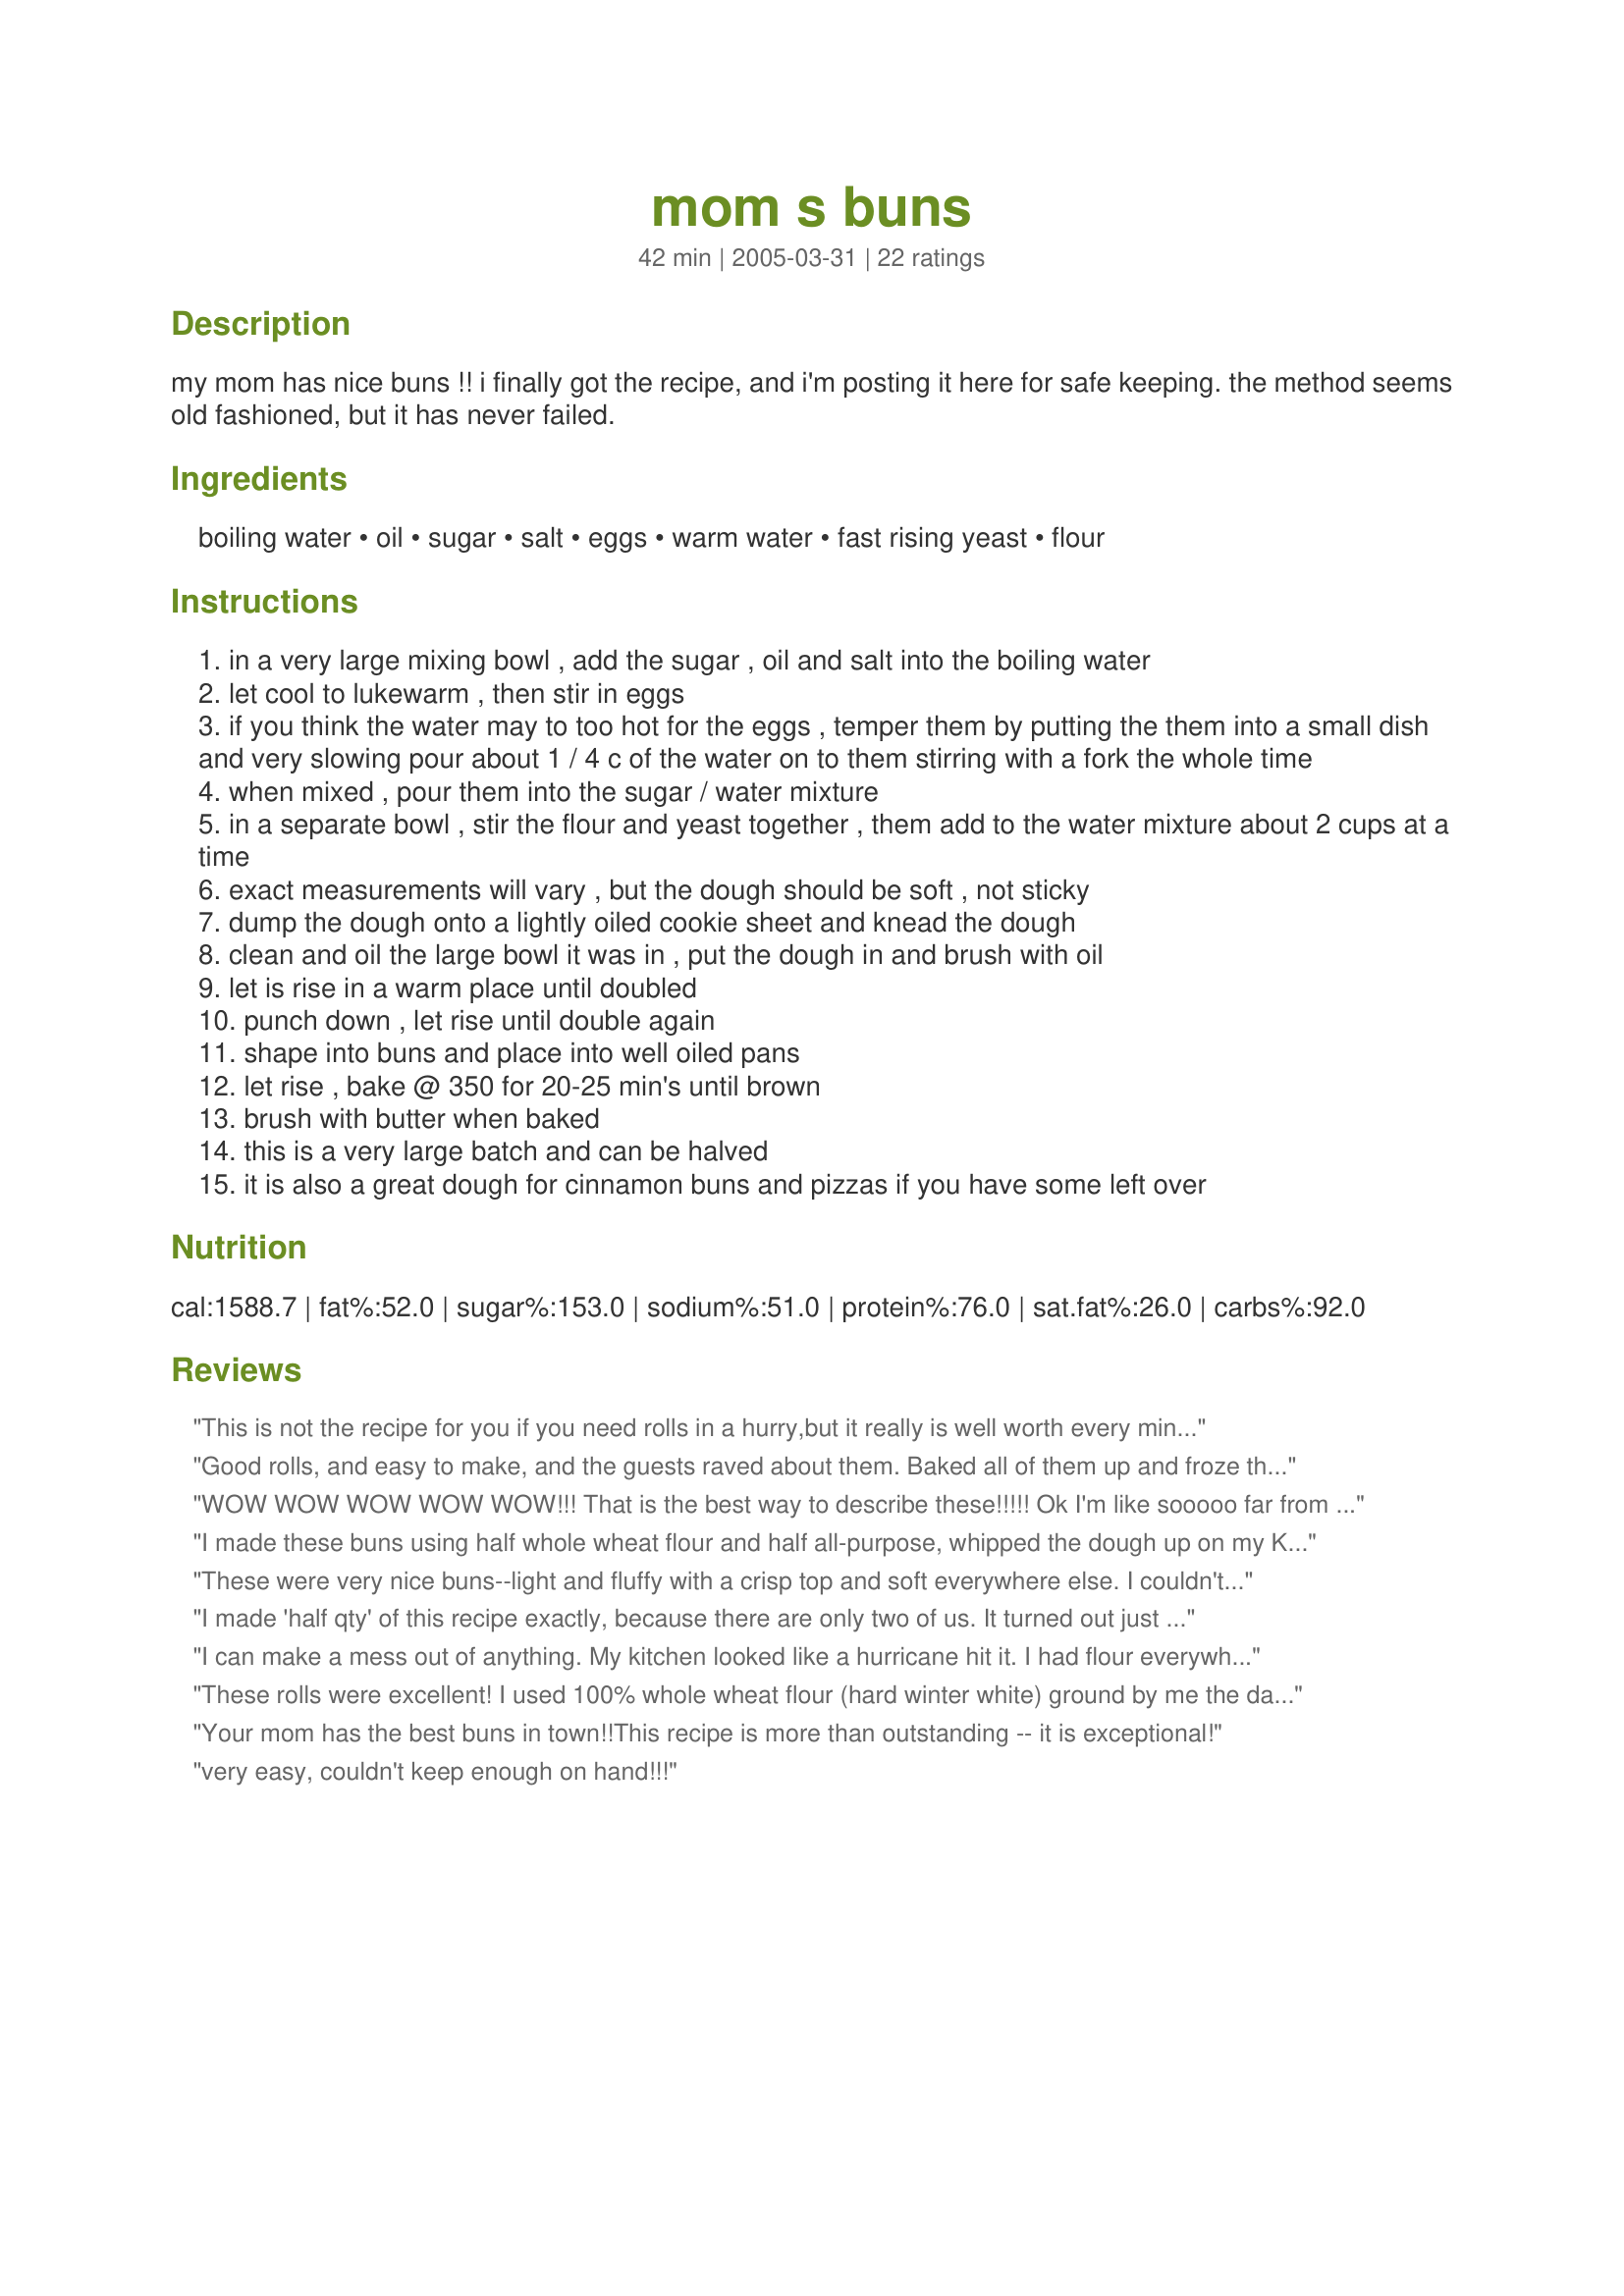
mom s buns
Preparation time: 42 minutes

my mom has nice buns !! i finally got the recipe, and i'm posting it here for safe keeping. the method seems old fashioned, but it has never failed.

Ingredients:
boiling water, oil, sugar, salt, eggs, warm water, fast rising yeast, flour

Steps:
in a very large mixing bowl , add the sugar , oil and salt into the boiling water
let cool to lukewarm , then stir in eggs
if you think the water may to too hot for the eggs , temper them by putting the them into a small dish and very slowing pour about 1 / 4 c of the water on to them stirring with a fork the whole time
when mixed , pour them into the sugar / water mixture
in a separate bowl , stir the flour and yeast together , them add to the water mixture about 2 cups at a time
exact measurements will vary , but the dough should be soft , not sticky
dump the dough onto a lightly oiled cookie sheet and knead the dough
clean and oil the large bowl it was in , put the dough in and brush with oil
let is rise in a warm place until doubled
punch down , let rise until double again
shape into buns and place into well oiled pans
let rise , bake @ 350 for 20-25 min's until brown
brush with butter when baked
this is a very large batch and can be halved
it is also a great dough for cinnamon buns and pizzas if you have some left over

Reviews:
This is not the recipe for you if you need rolls in a hurry,but it really is well worth every minute that is spent making them.Let's face it,most of the time is spent waiting for dough to rise,rather than any effort being exerted.I cut the recipe in half,as it seemed like a colossal amount (although next time I will definately make the full amount!).It worked out just perfectly,they were soft,light,fluffy and airy,even fresh from the oven.
This is a super recipe,I highly recommend it.Many thanks for sharing this.
Good rolls, and easy to make, and the guests raved about them. Baked all of them up and froze those not eaten tonight...will defrost and warm in oven when needed.
WOW WOW WOW WOW WOW!!! That is the best way to describe these!!!!! Ok I'm like sooooo far from a baker.. sometimes even a cooker lol lol. I was scared to make these, but I said I'll give it a try anyway. Well THESE WERE GREAT!! Nothings better than having the wonderful aroma of fresh bread blowing through the house.. THEY WERE GREAT!! THIS IS A KEEPR FOR LIFE!!!! to all the non cooks, and beginner cook------YOU CAN DO IT TOO! Cheff Dee THANKS SO MUCH!
I made these buns using half whole wheat flour and half all-purpose, whipped the dough up on my Kitchen Aid mixer, I think it's the amount of oil in this recipe that gives the buns texture and flavor!thanks for posting...Kitten:)
These were very nice buns--light and fluffy with a crisp top and soft everywhere else. I couldn't ask for better buns. I ended up with 48 (60-64g of dough per), so I put half of them in the freezer. After they were frozen through, I put them in a zip-top bag. I expect all I will need to do is take them out and let them thaw on a greased pan and they will bake up just as wonderful as the first half. I'll let you know. I see lots of possiblities in the future with these buns! Thanks for sharing Mom's recipe. — Sep 21, 2005 Update frozen dough balls didn't rise quite as much as they did fresh, but they were still an excellent texture. Try this same dough in Dee's recipe for cinnamon buns (recipe # 136574). Awesome!
I made 'half qty' of this recipe exactly, because there are only two of us. It turned out just fabulous! I made a 'large' round loaf; a small round loaf; and l large bun. YUM YUM -- just a great recipe.
I can make a mess out of anything. My kitchen looked like a hurricane hit it. I had flour everywhere. I thought my dh was going to take my baking priviledges away. I don't think I added enough flour to the final dough because mine was still sticky. I had a hard time getting the formed dough out of my hand to put in the pan. I am glad I find these things amusing or I would have to stop baking. Believe me, this is not the recipes fault, only I can be to blame. Now I really didn't think these would turn out at all. Can I tell you- They were Beautiful. I got pics to prove it! I am stunned and dh was happy! Thank you once again my dear Chef Dee! Your recipes are awesome!!!
These rolls were excellent! I used 100% whole wheat flour (hard winter white) ground by me the day before. The dough was much softer than any I had used before, and came out perfectly. I made it into burger-type buns and hotdog buns and a pan of smaller rolls for a 'pulled-pork feast' this weekend for 14 people. Soft on the inside, just right on the outside, I couldn't ask for more!!
Thanks for showing us your mom's buns!- sue b
Your mom has the best buns in town!!This recipe is more than outstanding -- it is exceptional!
very easy, couldn't keep enough on hand!!!
I think this is a good recipe, although more specifics on timing for letting the boiled mixture cool, and how long to let the dough rise would have been helpful. I ended up making a dozen buns, that were very heavy but had a nice flavor. I had enough dough to make another dozen...but it was so late by then we decided to use it as pizza crust last night. It actually makes a great pizza crust!! I think I will attempt to make these again, but I will let the dough rise longer next time and maybe end up with a lighter/softer texture.
made half recipe and got 18 large, soft, flavorful, beautiful rolls. ( See my photo ). I usually use a bread machine to prepare yeast rolls but these were definately worth the work. Dough was very easy to handle and very smooth. A wonderful addition to our Christmas dinner !
Great rolls.Because we try to use more grains,I replaced part of flour with some whole wheat and rye flour and added some gluten.I used reg.yeast because that is what I like.Letting the dough rise three times makes nice light rolls.Thanks Dee
These really are gems. I have never baked bread, but you can't tell by these beauties. They are golden brown on the outside and light and fluffy on the inside. My DD said to give them 5 stars as they are fantastic! Thank you Cgef Dee for sharing your Moms fabulous buns!
Derriere Extraordinaire!!
If I can make these anyone can. This was the second time I attempted to make homemade bread.(First time I could not cut it with a knife. Not your recipe by the way) I thought I would mess it up and worried all day it would not come out right but it came out perfectly. I was jumping all over the kitchen when these came out of the oven. The looked so perfect. Thank you so much. *Also I halved the recipe. It came out to 12 buns and I made one loaf of bread for sandwiches tommorrow. Thank you!!!
These are excellent and my husband wanted me to pass on that he loves your mom's buns! ;) These came out sweeter than I expected, but with some salted butter they were absolutely perfect. Dense and chewy...yum! Thanks for sharing.
I came home from the office yesterday & had reviewed Mom's Buns on my trusty computor, so decided to make. Was in the middle and did not have enough of all purpose flour, so finished off with whole wheat flour. Mixed all up then had to leave & show a property. They raised nicely under a warm tea towel, punched down, raise again, panned out this dough that was absolutely wonderful and easy to work with, put in the oven and these wonderful buns came out looking awesome & the taste was as awesome as the looks. This is the first time ever making buns, The reviews prompted me to make them. I am so glad and thanks to Chef Dee. As another review said, I then made some into your cinnimon rolls. These just melted in your mouth and the carmel gooey part stayed soft and delicious. This is a pair made in heaven. Thanks again to Chef Dee from Pat Merwin
Chef Dee your Mom's Buns are exceptional! I had given up making anything with yeast for 7years now. But I wanted to learn how to make rolls for thanksgiving. I halfed this recipe and now I wish I didn't. I can't say thanks enough for a the help the other members gave me in the baking forum. I will be making these soon and hopefuly often. I have renewed faith in my self that I can bake. I will also try your cinnamon bun recipe too! Thanks
These were delicious and so easy! The dough was very easy to work with and man oh man, did these things rise! I made them early in the day, so I just kept punching down the dough and letting it do it's thing till I was ready to shape them! I forgot to brush with butter after cooking, but it didn't matter. My guests wolfed them down. Ended up with about 4 dozen, so I, too, formed half and froze them for baking later. Thanks for this addition to my "keeper" pile!
I scaled down the recipe to a third, and used regular active dry yeast. I mixed the dough by hand, and kneaded it in the same bowl. Buns were soft and fluffy, and best of all, so simple to make, and no sticky countertop to clean. Thank you Dee.
I give these rolls TEN stars, they are so good. Had them for out Thanksgiving Dinner and everyone raved about them. The directions are clear and easy to follow, the buns rose so pretty and big, the texture was light and the taste great, a very impressive bun. I can't thank you enough for a great recipe that will be my only bun recipe from now on. Thanks Chef Dee, for a wonderful recipe.
